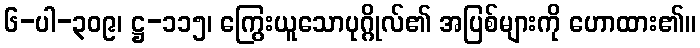
၆-ပါ-၃၀၉၊ ဋ္ဌ-၁၁၅၊ ကြွေးယူသောပုဂ္ဂိုလ်၏ အပြစ်များကို ဟောထား၏။